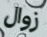
زوال